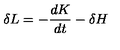
\delta L = - \frac { d K } { d t } - \delta H